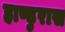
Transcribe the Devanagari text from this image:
हाण्डुरास